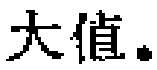
大值。